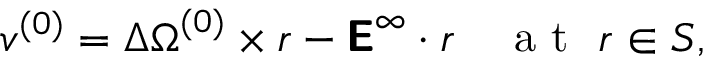
\boldsymbol { v } ^ { ( 0 ) } = \Delta \boldsymbol { \Omega } ^ { ( 0 ) } \times \boldsymbol { r } - \boldsymbol { \mathsf { E } } ^ { \infty } \cdot \boldsymbol { r } \quad \mathrm { ~ a ~ t ~ \ } \boldsymbol { r } \in S ,